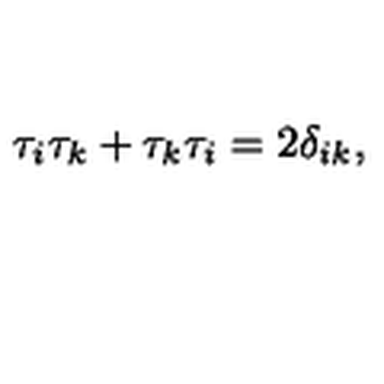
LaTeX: \tau _ { i } \tau _ { k } + \tau _ { k } \tau _ { i } = 2 \delta _ { i k } ,